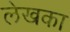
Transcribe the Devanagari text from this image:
लेखका